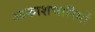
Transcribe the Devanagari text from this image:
आकाशचारियों